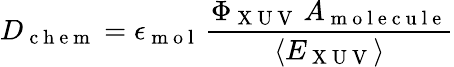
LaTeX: D_{\mathrm{~c~h~e~m~}}=\epsilon_{\mathrm{~m~o~l~}}\, \frac{\Phi_{\mathrm{~X~U~V~}}\, A_{\mathrm{~m~o~l~e~c~u~l~e~}}}{\langle E_{\mathrm{~X~U~V~}}\rangle}